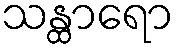
သန္ထာရော